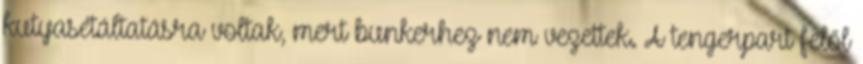
kutyasétáltatásra voltak, mert bunkerhez nem vezettek. A tengerpart felől